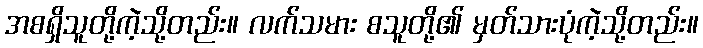
အစရှိသူတို့ကဲ့သို့တည်း။ လက်သမား စသူတို့၏ မှတ်သားပုံကဲ့သို့တည်း။